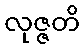
လုဇ္ဇတိ